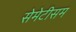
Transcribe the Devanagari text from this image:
सेमेटीसम